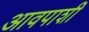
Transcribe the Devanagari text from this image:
आवपाशी